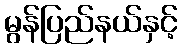
မွန်ပြည်နယ်နှင့်